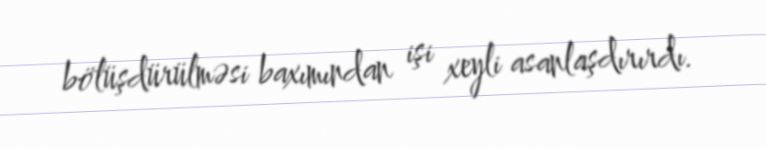
bölüşdürülməsi baxımından işi xeyli asanlaşdırırdı.